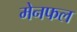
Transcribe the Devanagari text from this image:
मेनफल